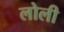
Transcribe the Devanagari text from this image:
लोली